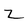
Character: Z